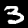
Label: 3